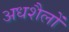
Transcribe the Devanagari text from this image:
अधशैलों